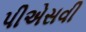
પીએસવી